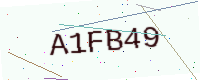
Text: A1FB49